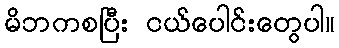
မိဘကစပြီး ငယ်ပေါင်းတွေပါ။